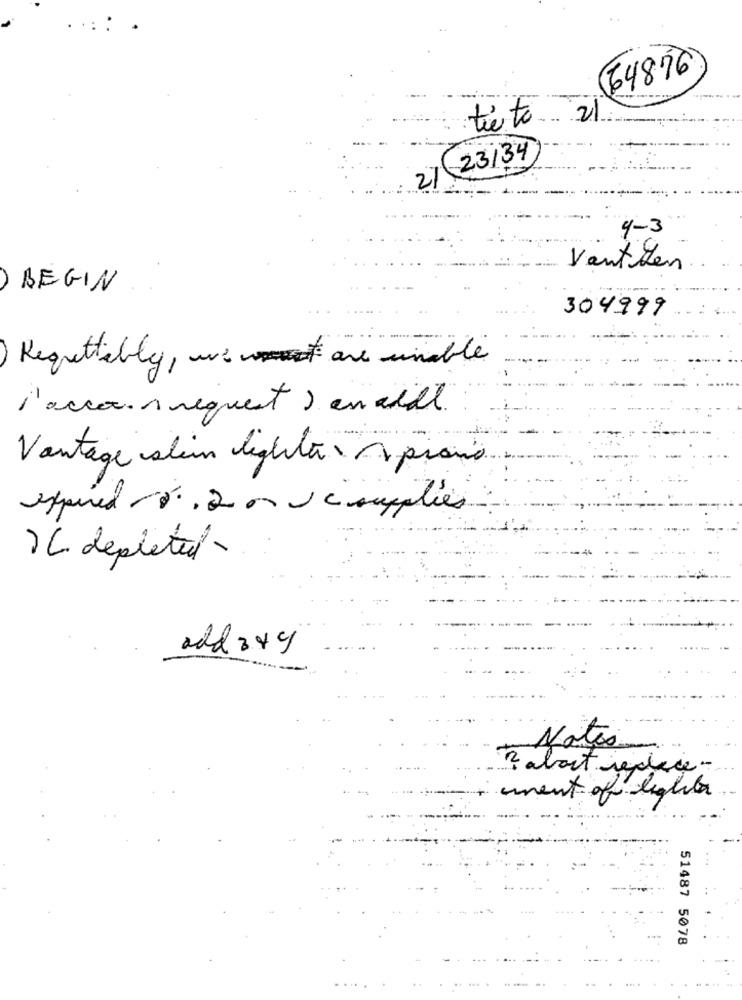
(64876
tiete 21.
23/34
27
4-3
Vantten
BEGIN
304999
Regrettably , we are unable
l'accanrequest ) en aide
Vantage slin lighter Aprono
expired mó. acoupplies
) C depleted
add 349
Notes
? about replace-
unent of light
51487 5078